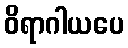
ဝိရာဂါယပေ